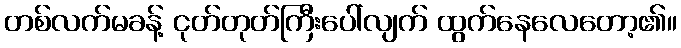
တစ်လက်မခန့် ငုတ်တုတ်ကြီးပေါ်လျက် ထွက်နေလေတော့၏။